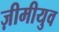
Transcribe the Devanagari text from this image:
ज़ीमीयुव